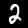
Digit: 2